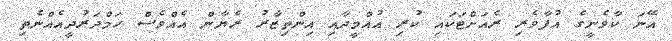
އޭނަ ކާވެނީގެ އުފާވެރި ރެއަށްޓަކައި ކުރި އުއްމީދާއި އިންތިޒާރު ރެޔާން އެއްވެސް ހަމްދަރުދީއެއްނެތި